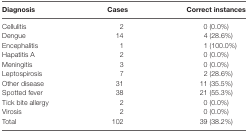
| Diagnosis | Cases | Correct instances |
 | --- | --- | --- |
 | Cellulitis | 2 | 0 (0.0%) |
 | Dengue | 14 | 4 (28.6%) |
 | Encephalitis | 1 | 1 (100.0%) |
 | Hapatitis A | 2 | 0 (0.0%) |
 | Meningitis | 3 | 0 (0.0%) |
 | Leptospirosis | 7 | 2 (28.6%) |
 | Other disease | 31 | 11 (35.5%) |
 | Spotted fever | 38 | 21 (55.3%) |
 | Tick bite allergy | 2 | 0 (0.0%) |
 | Virosis | 2 | 0 (0.0%) |
 | Total | 102 | 39 (38.2%) |